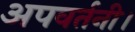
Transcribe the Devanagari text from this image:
अपवर्तनी।